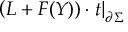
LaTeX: \displaystyle \left( L + F ( Y ) ) \cdot t \right| _ { \partial \Sigma }